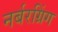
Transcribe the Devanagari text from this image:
नर्बरग्रिंग